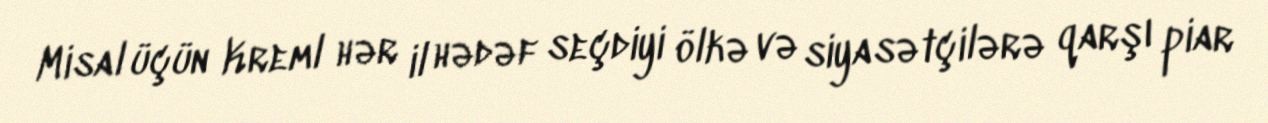
Misal üçün Kreml hər il hədəf seçdiyi ölkə və siyasətçilərə qarşı piar